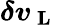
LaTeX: \boldsymbol{\delta v_{\mathrm{~L~}}}